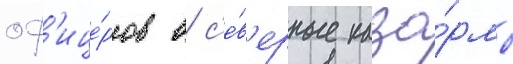
оф'ице́ров в с'е́в'ерные каза́рмы